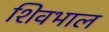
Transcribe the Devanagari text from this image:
शिवभाल